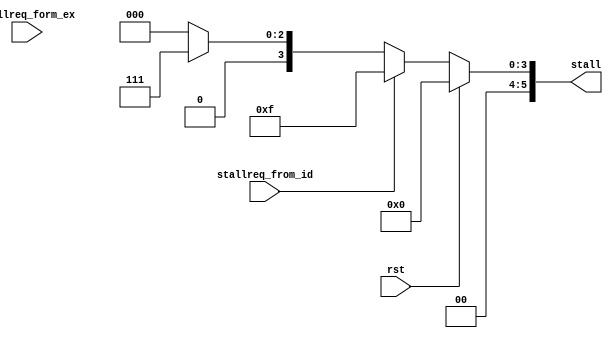
module ctrl(
    input   wire        rst,
    input   wire        stallreq_from_id,
    input   wire        stallreq_form_ex,
    output  reg[5:0]    stall
);
    always@(*) begin
        if(rst == 1'b1) begin
            stall <= 6'b000000;
        end else if(stallreq_from_id == 1'b1) begin
            stall <= 6'b001111;
        end else if(stallreg_from_ex == 1'b1) begin
            stall <= 6'b000111;
        end else begin
            stall <= 6'b000000;
        end
    end
endmodule